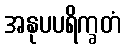
အနုပပရိက္ခတံ